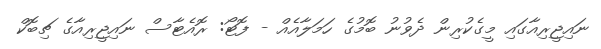
ނައިޖީރިއާގައި މީގެކުރިން ދެވުނު ބޮމުގެ ހަމަލާއެއް - ފޮޓޯ: ރޮއެޓާސް ނައިޖީރިއާގެ ޗިބޮކް